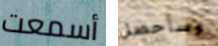
أسمعت وسأحصل